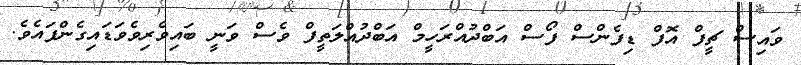
ވައިސް ޗީފް އޮފް ޑިފެންސް ފޯސް އަބްދުއްރަހީމް އަބްދުއްލަތީފް ވެސް ވަނީ ބައިވެރިވެވަޑައިގެންފައެވެ.